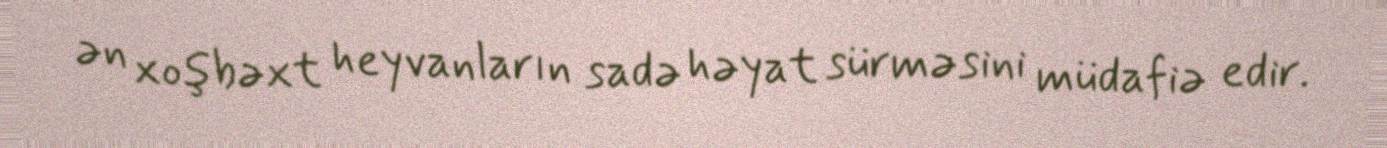
ən xoşbəxt heyvanların sadə həyat sürməsini müdafiə edir.